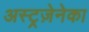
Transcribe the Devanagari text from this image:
अस्ट्रज़ेनेका